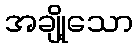
အချို့သော